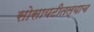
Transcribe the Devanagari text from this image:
सोसायटीतल्याच